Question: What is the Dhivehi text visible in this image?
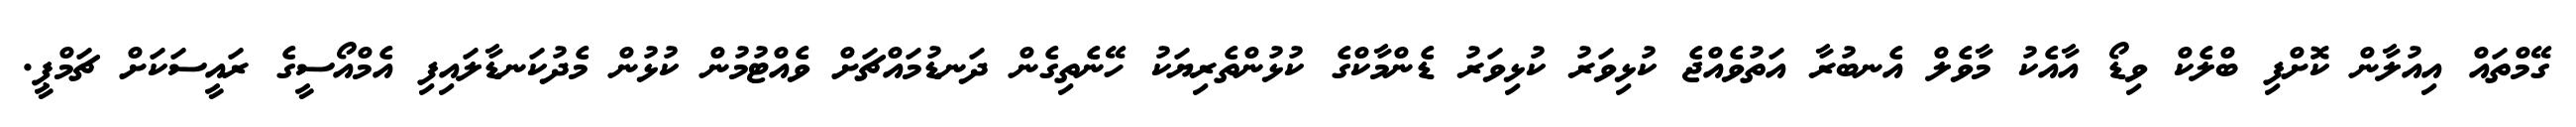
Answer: ގޭމްތައް އިއުލާން ކޮށްފި ބްލެކް ވިޑޯ އާއެކު މާވެލް އެނބުރާ އަތުވެއްޖެ ކުޅިވަރު ކުޅިވަރު ޑެންމާކްގެ ކުޅުންތެރިޔަކު ހޭނެތިގެން ދަނޑުމައްޗަށް ވެއްޓުމުން ކުޅުން މެދުކަނޑާލައިފި އެމްއޯސީގެ ރައީސަކަށް ޗަމްޕީ.